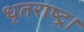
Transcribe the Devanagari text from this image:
धृतराष्ट्र।